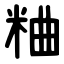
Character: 粬